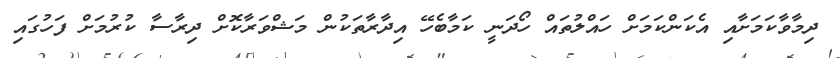
ދިމާވާކަމަށާއި އެކަންކަމަށް ހައްލުތައް ހޯދަނީ ކަމާބެހޭ އިދާރާތަކުން މަޝްވަރާކޮށް ދިރާސާ ކުރުމަށް ފަހުގައި